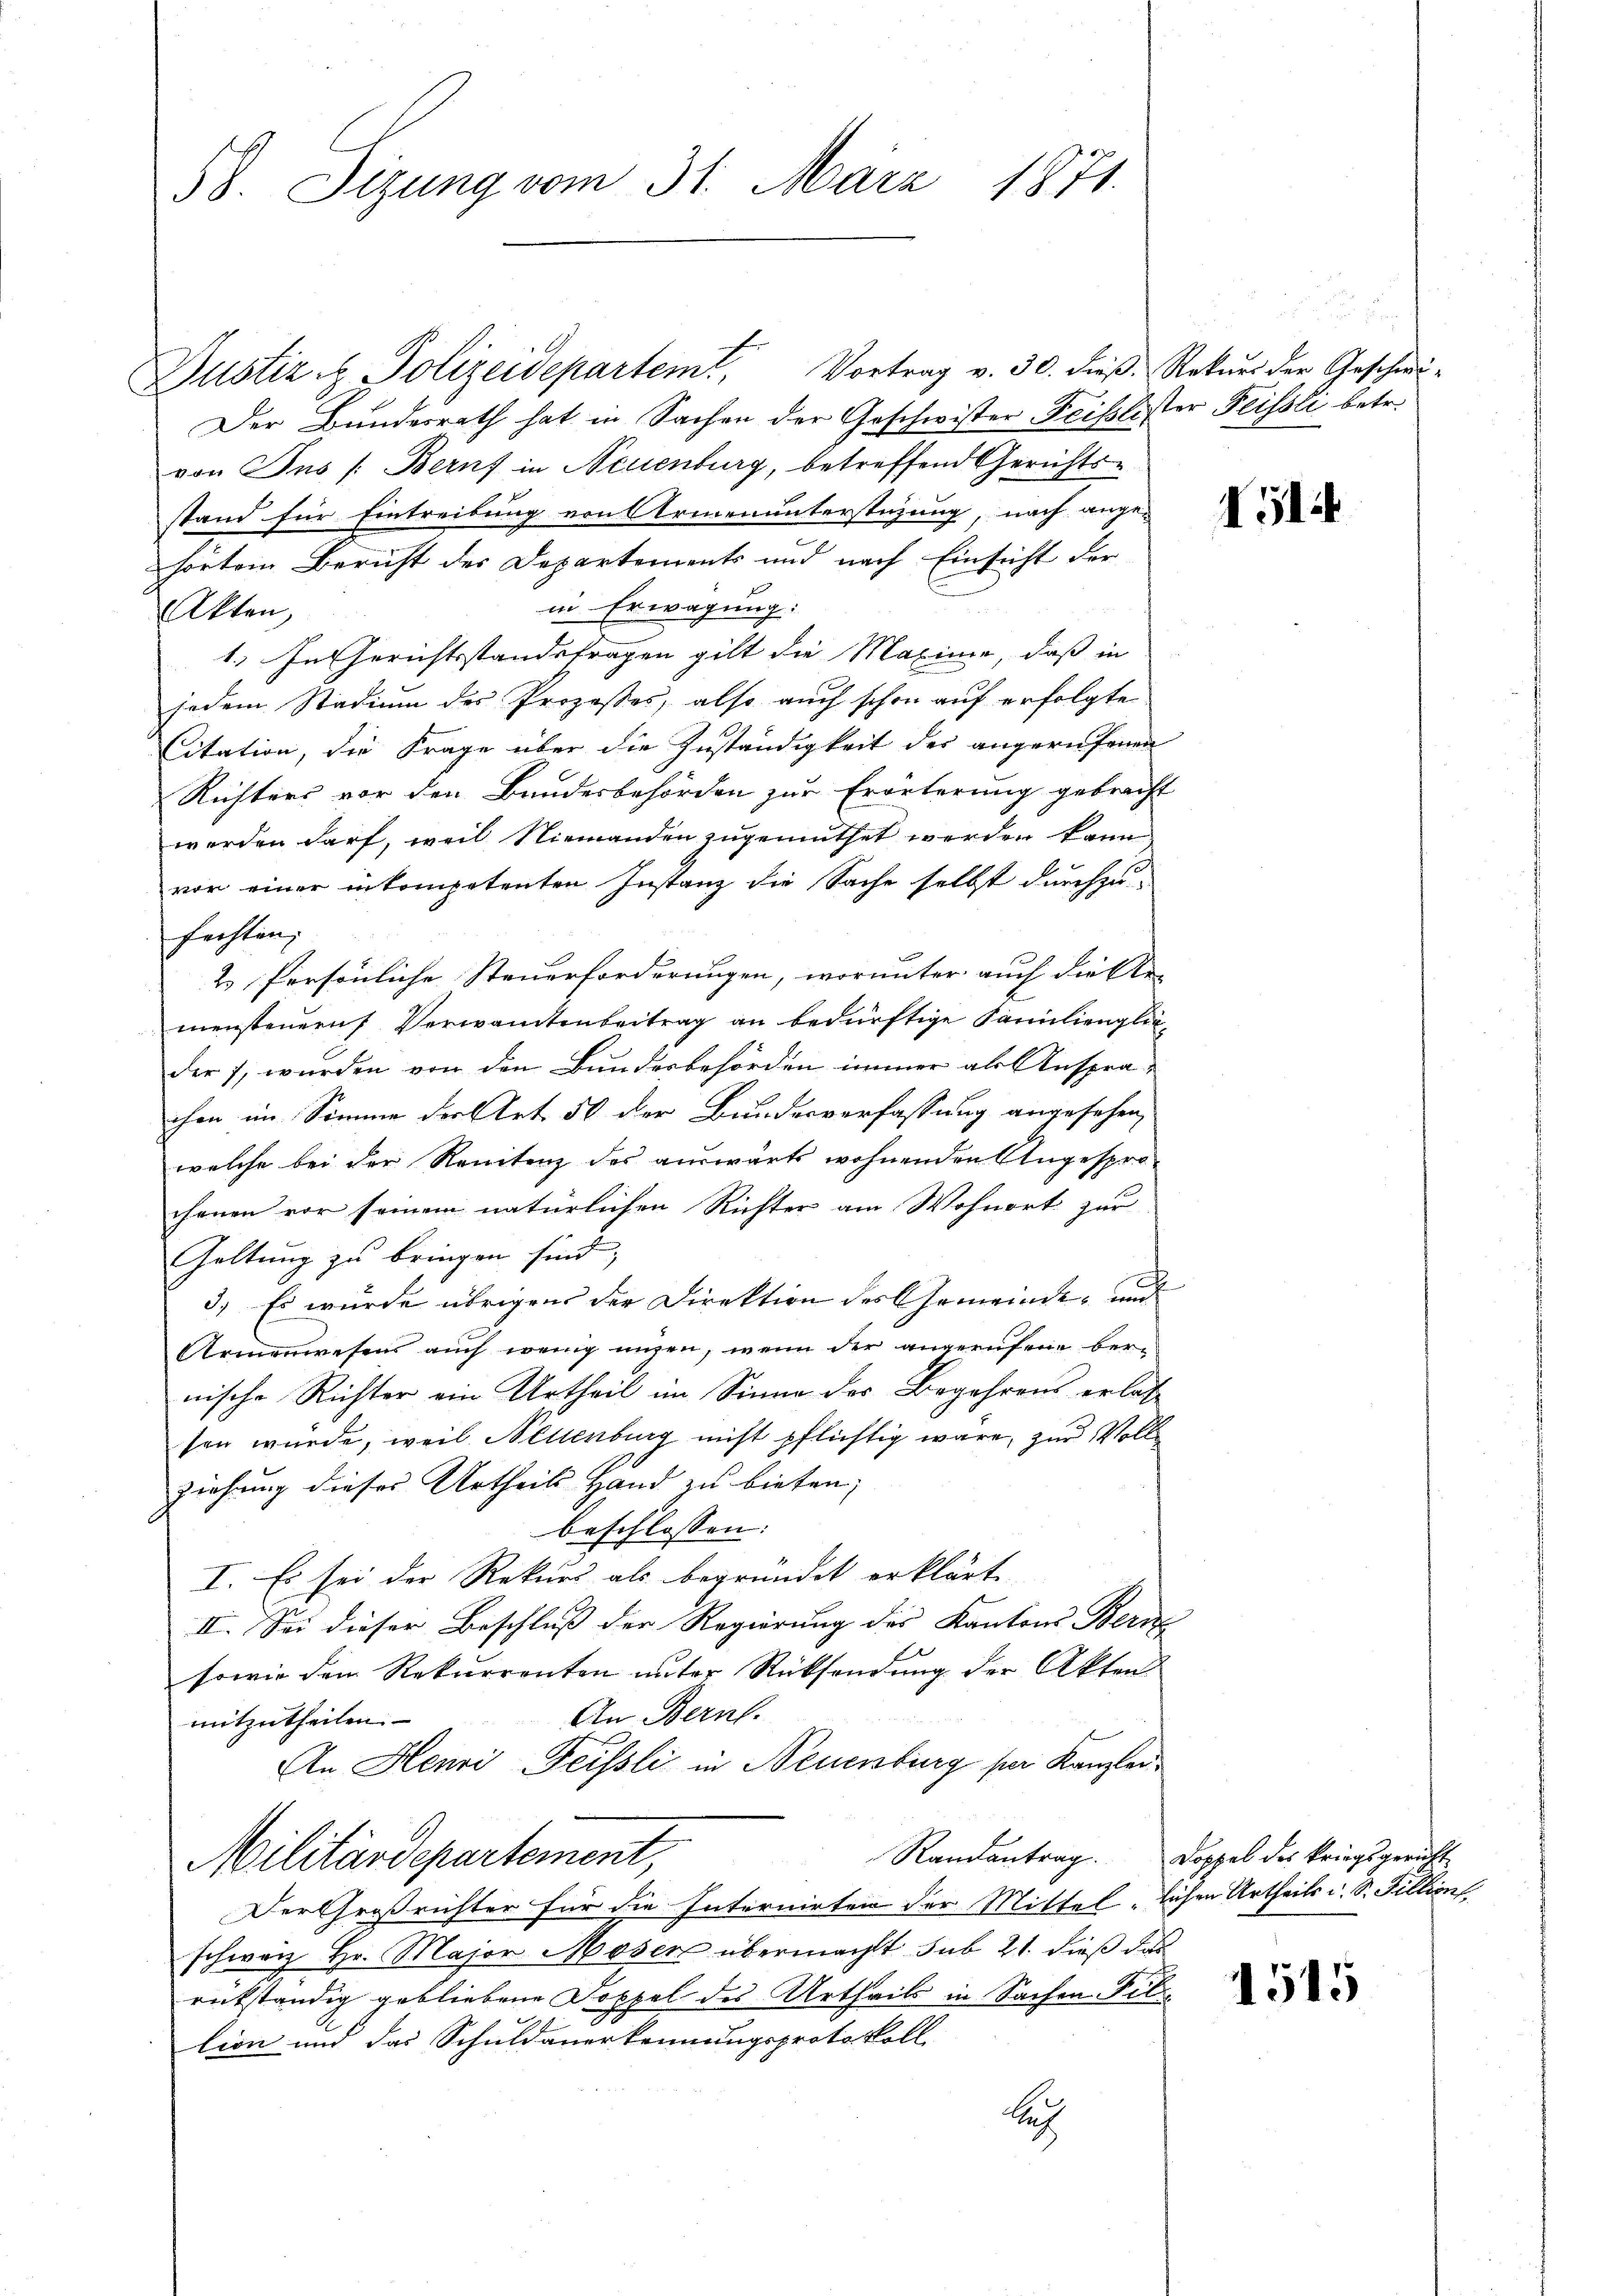
58. Sizung vom 31. März 1871.

Dustiz & Polizeidepartem Vortrag v. 30. dieβ. Rekŭrs der Geschwi-
Der Bundesrath hat in Sachen der Geschwister Feislister Feissli betr.
von Jus /: Beruf in Neuenburg, betreffend Gerichtsstand für Eintreibung von Armenunterstüzung, nach angehörtem Bericht des Departements und nach Einsicht der
in Erwägung:
kten,
1. In Gerichtsstandsfragen gilt die Maxime, daß in
jedem Stadium des Prozeßes, also auch schon auf erfolgte
Citation, die Frage über die Zuständigkeit des angerufenen
Richters vor den Bundesbehörden zur Erörterung gebracht
werden darf, weil Niemanden zugemuthet werden kann
vor einer inkompetenten Instanz die Sache selbst durchzu-
fachten;
2 Persönliche Steuerforderungen, worunter auch die Ar-
mensteuern Verwandtenbeitrag an bedürftige Familienglicder 7, wurden von den Bundesbehörden immer als Ansprachen im Simme der Art. 50 der Bundesverfassung angesehen,
welche bei der Renitenz des auswärts wohnenden Angesprochenen vor seinem natürlichen Richter am Wohnort zur
Galtung zu bringen sind,
3.) Es wurde übrigens der Direktion des Gemeinde- und
Armenwesens auch wenig ungen, wenn der angerufene bernische Richter ein Urtheil im Sinne des Begehrens erlas
sen würde, weil Nellenburg nicht pflichtig wäre, zur Volle
ziehung dieses Urtheils Hand zu bieten;
beschlossen:
I. Es sei der Rekurs als begründet erklärt
II. Sei dieser Beschluß der Regierung des Kantons Bern
sowie dem Rekurrenten unter Rücksendung der Akten
An Bern.
mitzutheilen.
An Henri Fessli in Neuenburg per Kanzlei¬
Randantrag. Doppel des kriegsgericht
Militärdepartement,
Der Großrichter für die Internirten der Mittel, lichen Urtheils d. S. Fillion
schwarz Hr. Major Moser übermacht sub 21. dieß das
rükständig gebliebene Doppel des Urtheils in Sachen Filition und das Schuldauerkennungsprotokoll
Rech

51

1515